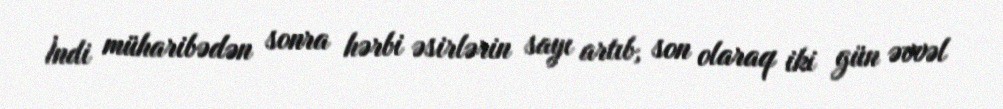
İndi müharibədən sonra hərbi əsirlərin sayı artıb, son olaraq iki gün əvvəl